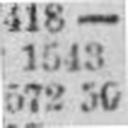
572 50